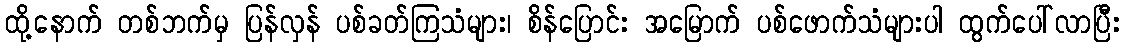
ထို့နောက် တစ်ဘက်မှ ပြန်လှန် ပစ်ခတ်ကြသံများ၊ စိန်ပြောင်း အမြောက် ပစ်ဖောက်သံများပါ ထွက်ပေါ်လာပြီး